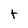
Character: t